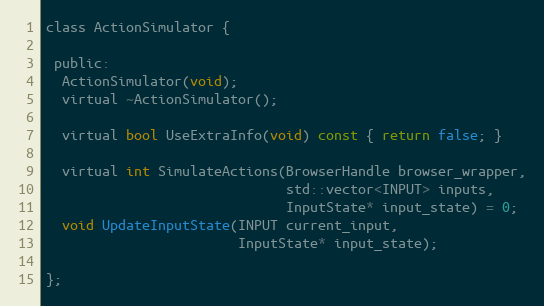
Language: C
class ActionSimulator {

 public:
  ActionSimulator(void);
  virtual ~ActionSimulator();

  virtual bool UseExtraInfo(void) const { return false; }

  virtual int SimulateActions(BrowserHandle browser_wrapper,
                              std::vector<INPUT> inputs,
                              InputState* input_state) = 0;
  void UpdateInputState(INPUT current_input,
                        InputState* input_state);

};